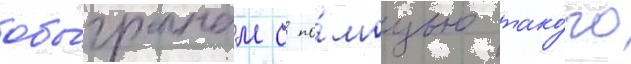
обы́гранным с по́мощью тако́го